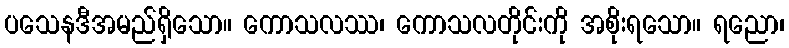
ပသေနဒီအမည်ရှိသော။ ကောသလဿ၊ ကောသလတိုင်းကို အစိုးရသော။ ရညော၊